Indian Medical Review
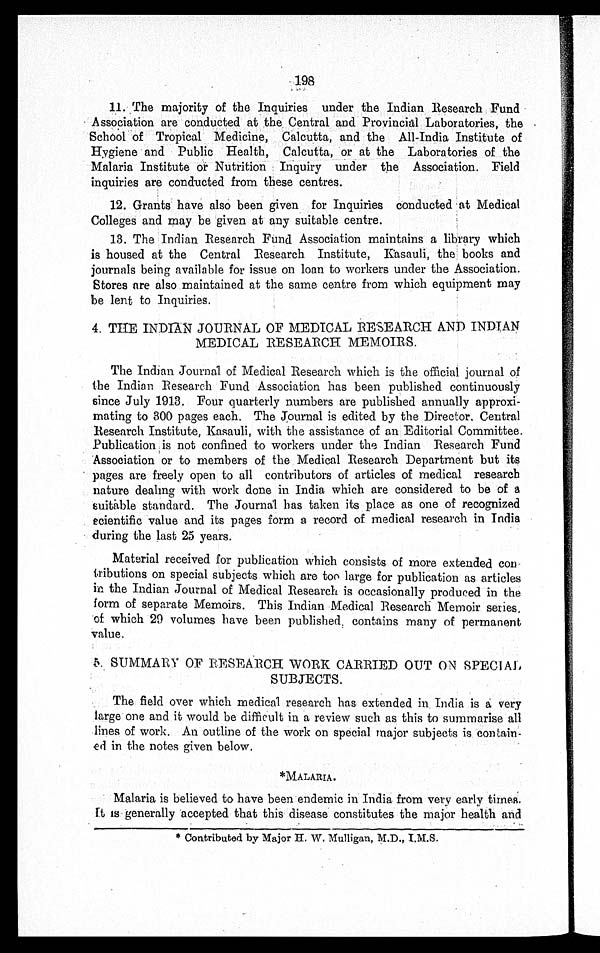
1 198
11. The majority of the Inquiries under the Indian Research Fund
Association are conducted at the, Central and Provincial Laboratories, the
School of Tropical Medicine, Calcutta, and the All-India Institute of
Hygiene and Public Health, Calcutta, or at the Laboratories of the
Malaria Institute or Nutrition Inquiry under the Association. Field
inquiries are conducted from these centres.
12. Grants have also been given for Inquiries conducted at Medical
Colleges and may be given at any suitable centre.
13. The Indian Research Fund Association maintains a library which
is housed at the Central Research Institute, Kasauli, the books and
journals being available for issue on loan to workers under the Association.
Stores are also maintained at the same centre from which equipment may
be lent to Inquiries.
4. THE INDIAN JOURNAL OF MEDICAL RESEARCH AND INDIAN
MEDICAL RESEARCH MEMOIRS.
The Indian Journal of Medical Research which is the official journal of
the Indian Research Fund Association has been published continuously
since July 1913. Four quarterly numbers are published annually approxi
-mating to 300 pages each. The Journal is edited by the Director. Central
Research Institute, Kasauli, with the assistance of an Editorial Committee.
Publication is not confined to workers under the Indian Research Fund
Association or to members of the Medical Research Department but its
pages are freely open to all contributors of articles of medical research
nature dealing with work done in India which are considered to be of a
suitable standard. The Journal has taken its place as one of recognized
scientific value and its pages form a record of medical research in India
during the last 25 years.
Material received for publication which consists of more extended
con-tributions on special subjects which are too large for publication as articles
in the Indian Journal of Medical Research is occasionally produced in the
form of separate Memoirs. This Indian Medical Research Memoir series,
of which 29 volumes have been published, contains many of permanent
value.
5. SUMMARY OF RESEARCH WORK CARRIED OUT ON
SPECIAL SUBJECTS.
The field over which medical research has extended in India is a very
large one and it would be difficult in a review such as this to summarise all
lines of work. An outline of the work on special major subjects is con
t a i n - e d i n t h e n o t e s g i v e n b e l o w .
*MALARIA.
Malaria is believed to have been endemic in India from very early times.
It is generally accepted that this disease constitutes the major health and
* Contributed by Major H. W. Mulligan, M.D., I.M.S.